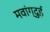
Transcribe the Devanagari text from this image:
मवांग्दुई